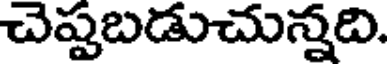
చెప్పబడుచున్నది.